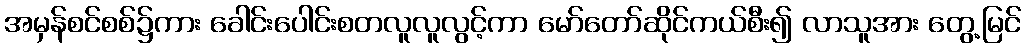
အမှန်စင်စစ်၌ကား ခေါင်းပေါင်းစတလူလူလွင့်ကာ မော်တော်ဆိုင်ကယ်စီး၍ လာသူအား တွေ့မြင်